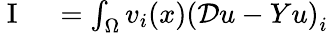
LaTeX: \begin{array}{rl}{\mathrm{~I~}}&{{}=\int_{\Omega}v_{i}(x)\left(\mathcal{D}u-Yu\right)_{i}}\end{array}